Vaccine operations Central Provinces 1900-1911 - 1900-1911
Year: 1900
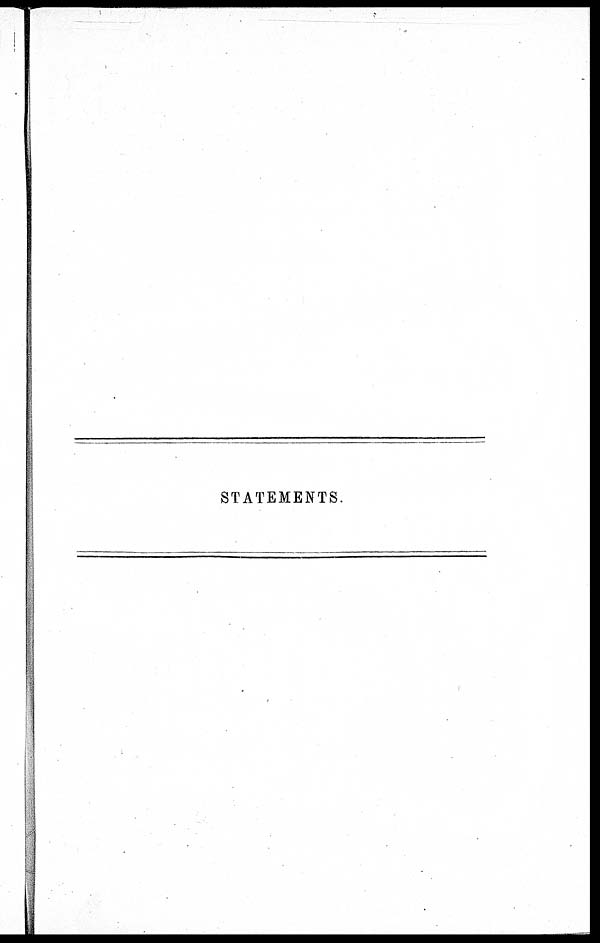
STATEMENTS.